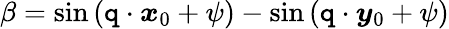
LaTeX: \beta=\sin{(\boldsymbol{\mathtt{q}}\cdot\boldsymbol{x}_{0}+\psi)}-\sin{(\boldsymbol{\mathtt{q}}\cdot\boldsymbol{y}_{0}+\psi)}